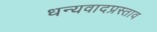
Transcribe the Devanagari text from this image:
धन्यवादप्रस्ताव